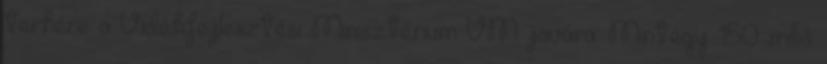
terhére a Vidékfejlesztési Minisztérium VM javára. Mintegy 150 millió